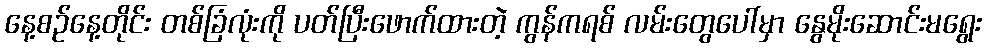
နေ့စဉ်နေ့တိုင်း တစ်ခြံလုံးကို ပတ်ပြီးဖောက်ထားတဲ့ ကွန်ကရစ် လမ်းတွေပေါ်မှာ နွေမိုးဆောင်းမရွေး